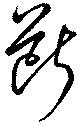
斷